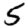
Digit: 5